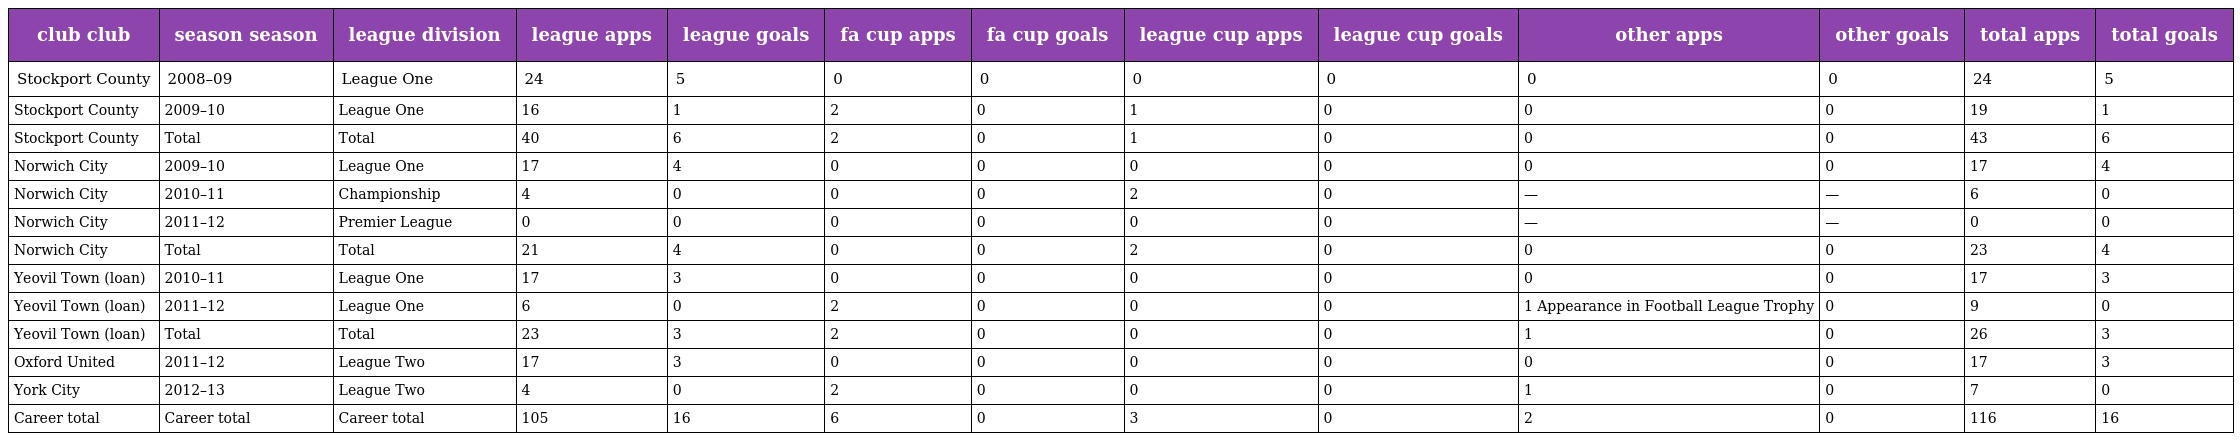
| club club | season season | league division | league apps | league goals | fa cup apps | fa cup goals | league cup apps | league cup goals | other apps | other goals | total apps | total goals |
 | --- | --- | --- | --- | --- | --- | --- | --- | --- | --- | --- | --- | --- |
 | Stockport County | 2008–09 | League One | 24 | 5 | 0 | 0 | 0 | 0 | 0 | 0 | 24 | 5 |
 | Stockport County | 2009–10 | League One | 16 | 1 | 2 | 0 | 1 | 0 | 0 | 0 | 19 | 1 |
 | Stockport County | Total | Total | 40 | 6 | 2 | 0 | 1 | 0 | 0 | 0 | 43 | 6 |
 | Norwich City | 2009–10 | League One | 17 | 4 | 0 | 0 | 0 | 0 | 0 | 0 | 17 | 4 |
 | Norwich City | 2010–11 | Championship | 4 | 0 | 0 | 0 | 2 | 0 | — | — | 6 | 0 |
 | Norwich City | 2011–12 | Premier League | 0 | 0 | 0 | 0 | 0 | 0 | — | — | 0 | 0 |
 | Norwich City | Total | Total | 21 | 4 | 0 | 0 | 2 | 0 | 0 | 0 | 23 | 4 |
 | Yeovil Town (loan) | 2010–11 | League One | 17 | 3 | 0 | 0 | 0 | 0 | 0 | 0 | 17 | 3 |
 | Yeovil Town (loan) | 2011–12 | League One | 6 | 0 | 2 | 0 | 0 | 0 | 1 Appearance in Football League Trophy | 0 | 9 | 0 |
 | Yeovil Town (loan) | Total | Total | 23 | 3 | 2 | 0 | 0 | 0 | 1 | 0 | 26 | 3 |
 | Oxford United | 2011–12 | League Two | 17 | 3 | 0 | 0 | 0 | 0 | 0 | 0 | 17 | 3 |
 | York City | 2012–13 | League Two | 4 | 0 | 2 | 0 | 0 | 0 | 1 | 0 | 7 | 0 |
 | Career total | Career total | Career total | 105 | 16 | 6 | 0 | 3 | 0 | 2 | 0 | 116 | 16 |